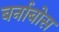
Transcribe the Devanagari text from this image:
बर्नाबोस